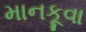
માનકૂવા